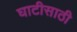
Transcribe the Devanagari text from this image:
घाटीसाठी